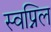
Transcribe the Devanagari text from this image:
स्‍वप्निल